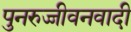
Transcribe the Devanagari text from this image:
पुनरुज्जीवनवादी